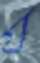
য